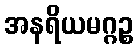
အနရိယမဂ္ဂဉ္စ